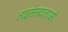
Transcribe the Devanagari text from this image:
लाइसेंसदाताओं